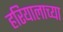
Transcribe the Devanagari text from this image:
हरियालाच्या